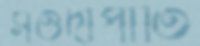
সওদাপাতি